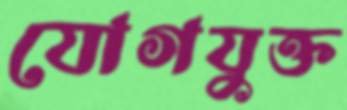
যোগযুক্ত